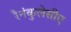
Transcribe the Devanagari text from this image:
रैनंकुलेसीए